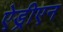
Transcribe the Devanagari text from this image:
ऐड्रीएन